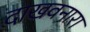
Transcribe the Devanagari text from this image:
दाखवनारा